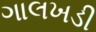
ગાલખડી